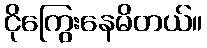
ငိုကြွေးနေမိတယ်။